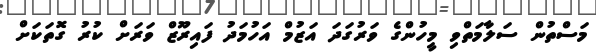
މަސްތުން ސަލާމަތްވި މީހުންގެ ވަރުގަދަ އަޒުމް އަހުމަދު ފައިރޫޒް ވަރަށް ކުރު ގޮތަކަށް